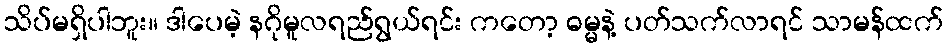
သိပ်မရှိပါဘူး။ ဒါပေမဲ့ နဂိုမူလရည်ရွယ်ရင်း ကတော့ ဓမ္မနဲ့ ပတ်သက်လာရင် သာမန်ထက်